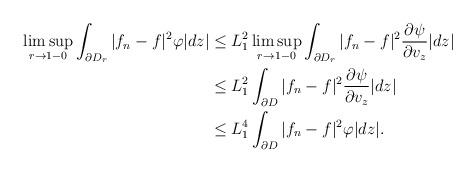
LaTeX: \begin{align*}\limsup_{r\rightarrow1-0}\int_{\partial D_r}|f_n-f|^2\varphi|dz|&\le L_1^2\limsup_{r\rightarrow1-0}\int_{\partial D_r}|f_n-f|^2\frac{\partial\psi}{\partial v_z}|dz|\\&\le L_1^2\int_{\partial D}|f_n-f|^2\frac{\partial\psi}{\partial v_z}|dz|\\&\le L_1^4\int_{\partial D}|f_n-f|^2\varphi |dz|.\end{align*}